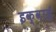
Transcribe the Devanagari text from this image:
इक्वाई